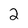
Character: 2